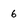
Character: 6